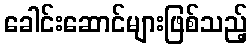
ခေါင်းဆောင်များဖြစ်သည့်